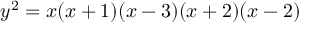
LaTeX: y ^ { 2 } = x ( x + 1 ) ( x - 3 ) ( x + 2 ) ( x - 2 )